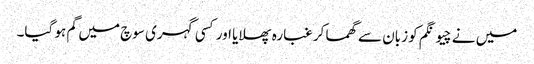
میں نے چیونگم کو زبان سے گھما کر غبارہ پھلایا اور کسی گہری سوچ میں گم ہو گیا۔